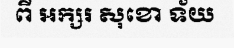
ពី អក្សរ សុខោ ទ័យ